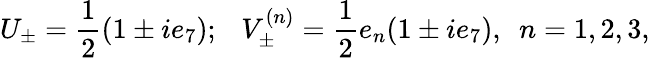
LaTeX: U_{\pm}=\frac{1}{2}(1\pm ie_{7});\ \ \ V_{\pm}^{(n)}=\frac{1}{2}e_{n}(1\pm ie_{7}),\ \ n=1,2,3,